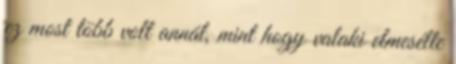
ez most több volt annál, mint hogy valaki elmesélte